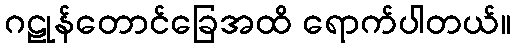
ဂဠုန်တောင်ခြေအထိ ရောက်ပါတယ်။